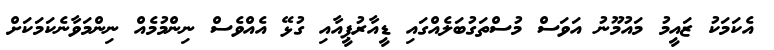
އެކަމަކު ޒައީމު މައުމޫނު އަވަސް މުސްތަގުބަލެއްގައި ޑީއާރުޕީއާއި ގުޅޭ އެއްވެސް ނިންމުމެއް ނިންމަވާނެކަމަކަށް